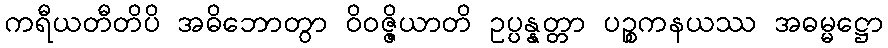
ကရီယတီတိပိ အဓိဘောတွာ ဝိဝဇ္ဇိယာတိ ဥပ္ပန္နတ္တာ ပဉ္စကနယဿ အဓမ္မဋ္ဌော